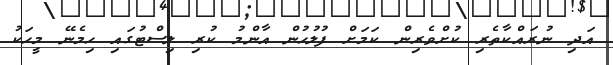
އަދި ނުރައްކާތެރި ކުށްވެރިން ކަމަށް ފުލުހުން އާންމު ކުރި ލިސްޓުގައި ހިމެނޭ މީހަކު